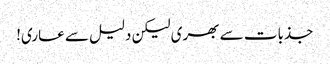
جذبات سے بھری لیکن دلیل سے عاری!